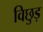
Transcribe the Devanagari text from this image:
विछुड़